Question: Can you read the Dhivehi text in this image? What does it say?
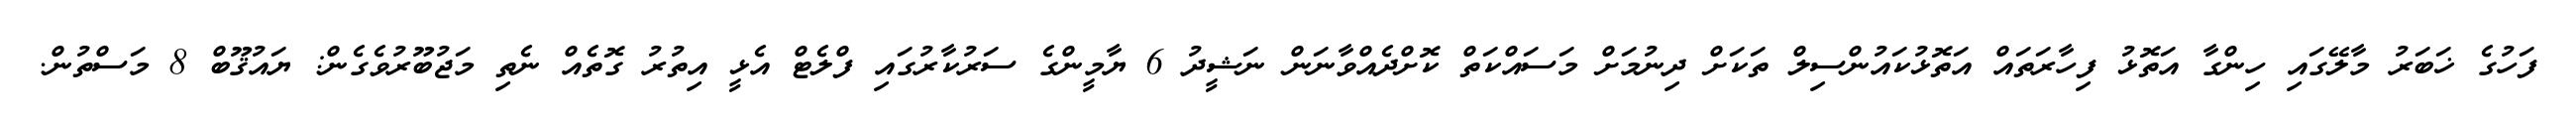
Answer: ފަހުގެ ޚަބަރު މާލޭގައި ހިންގާ އަތޮޅު ފިހާރަތައް އަތޮޅުކައުންސިލް ތަކަށް ދިނުމަށް މަސައްކަތް ކޮށްދެއްވާނަން ނަޝީދު 6 ޔާމީންގެ ސަރުކާރުގައި ފްލެޓް އެޅީ އިތުރު ގޮތެއް ނެތި މަޖުބޫރުވެގެން: ޔައުޤޫބް 8 މަސްތުން.